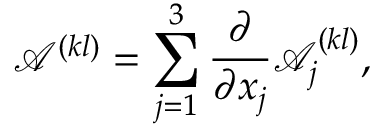
\mathcal { A } ^ { ( k l ) } = \sum _ { j = 1 } ^ { 3 } \frac { \partial } { \partial x _ { j } } \mathcal { A } _ { j } ^ { ( k l ) } ,